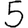
Digit: 5